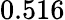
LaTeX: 0.516